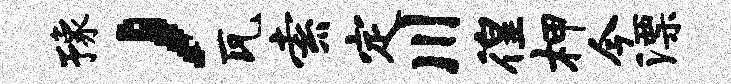
豫，瓦索定川徨柙今漂